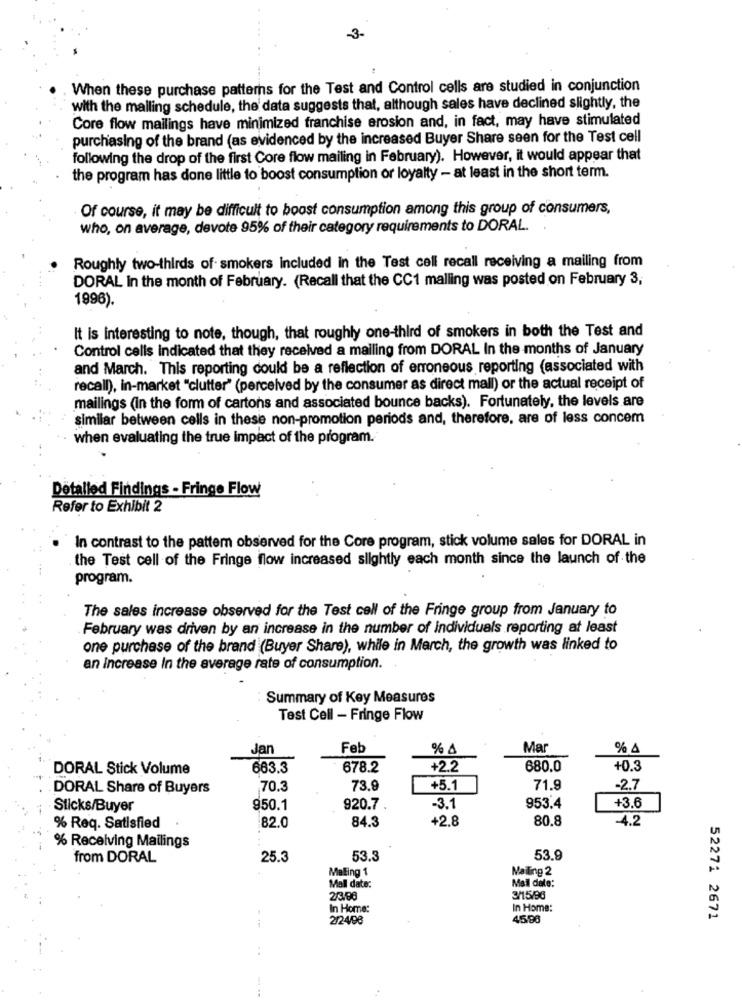
3-
When these purchase patterns for the Test and Control cells are studied in conjunction
with the malling schedule, the' data suggests that, although sales have declined slightly, the
Core flow mailings have minimized franchise erosion and, in fact, may have stimulated
purchasing of the brand (as evidenced by the increased Buyer Share seen for the Test cell
following the drop of the first Core flow mailing in February). However, it would appear that
the program has done little to boost consumption or loyalty - at least in the short term.
Of course, it may be difficult to boost consumption among this group of consumers,
who, on average, devote 95% of their category requirements to DORAL.
Roughly two-thirds of smokers included in the Test cell recall receiving a mailing from
DORAL In the month of February. (Recall that the CC1 malling was posted on February 3,
1996).
It is interesting to note, though, that roughly one-third of smokers in both the Test and
Control cells indicated that they received a mailing from DORAL In the months of January
and March. This reporting could be a reflection of erroneous reporting (associated with
recall), in-market "clutter" (perceived by the consumer as direct mall) or the actual receipt of
mailings (in the form of cartons and associated bounce backs). Fortunately, the levels are
similar between cells in these non-promotion periods and, therefore, are of less concem
when evaluating the true impact of the program.
Detalled Findings - Fringe Flow
Refer to Exhibit 2
In contrast to the pattern observed for the Core program, stick volume sales for DORAL in
the Test cell of the Fringe flow increased slightly each month since the launch of the
program.
The sales increase observed for the Test cell of the Fringe group from January to
February was driven by an increase in the number of individuals reporting at least
one purchase of the brand (Buyer Share), while in March, the growth was linked to
an increase In the average rate of consumption.
Summary of Key Measures
Test Cell - Fringe Flow
Jan
Feb
% 4
Mar
% A
DORAL Stick Volume
663.3
678.2
+2.2
680.0
+0.3
DORAL Share of Buyers
70.3
73.9
+5.1
71.9
-2.7
Sticks/Buyer
950.1
920.7
-3.1
953.4
+3.6
82.0
+2.8
80.8
-4.2
% Req. Satisfied
84.3
% Receiving Mailings
from DORAL
25.3
53.3
53.9
Maling 1
Mailing 2
Mall date:
Mail date:
2/3.98
3/15/96
In Home:
In Home:
2/24/08
4596
52271 2671
..